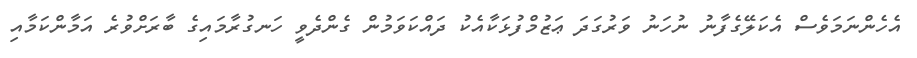
އެހެންނަމަވެސް އެކަލޭގެފާނު ނުހަނު ވަރުގަދަ ޢަޒުމްފުޅަކާއެކު ދައްކަވަމުން ގެންދެވީ ހަނގުރާމައިގެ ބާރަށްވުރެ އަމާންކަމާއި